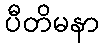
ပီတိမနာ